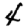
Digit: 4